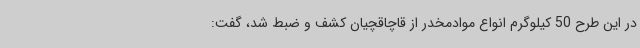
در این طرح 50 کیلوگرم انواع موادمخدر از قاچاقچیان کشف و ضبط شد، گفت: